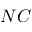
N C